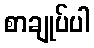
စာချုပ်ပါ